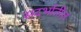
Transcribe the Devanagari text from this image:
सदर्भातील